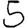
Digit: 5